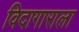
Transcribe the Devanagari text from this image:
विदागाराला